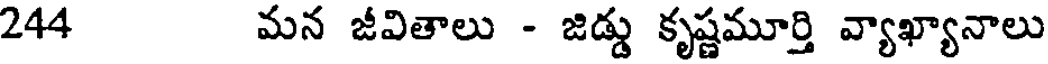
244 మన జీవితాలు - జిడ్డు కృష్ణమూర్తి వ్యాఖ్యానాలు